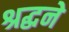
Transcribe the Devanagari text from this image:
श्रद्धने